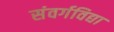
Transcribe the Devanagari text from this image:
संवर्गविद्या